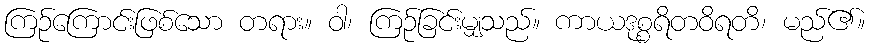
ကြဉ်ကြောင်းဖြစ်သော တရား။ ဝါ၊ ကြဉ်ခြင်းမျှသည်။ ကာယဒုစ္စရိတဝိရတိ၊ မည်၏။